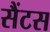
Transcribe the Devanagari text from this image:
सैंटस